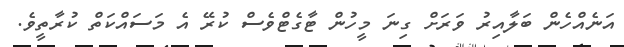
އަނެއްހެން ބަލާއިރު ވަރަށް ގިނަ މީހުން ޓާގެޓްވެސް ކުރޭ އެ މަސައްކަތް ކުރާތީވެ.